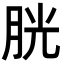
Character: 胱